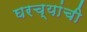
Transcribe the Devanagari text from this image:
घरच्‍यांची